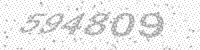
Solution: 594809